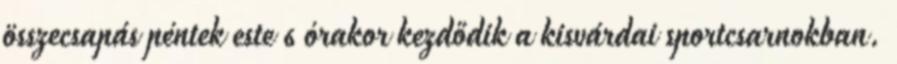
összecsapás péntek este 6 órakor kezdődik a kisvárdai sportcsarnokban.